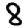
Digit: 8